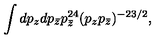
{ \int d p _ { z } d p _ { \bar { z } } p _ { \bar { z } } ^ { 2 4 } ( p _ { z } p _ { \bar { z } } ) ^ { - 2 3 / 2 } , }